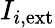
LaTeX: I_{i,\mathrm{ext}}